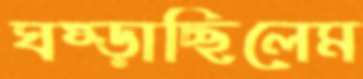
ঘষ্‌ড়াচ্ছিলেম